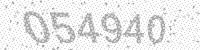
Solution: 054940